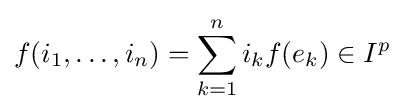
f(i_{1},\dots ,i_{n})=\sum _{k=1}^{n}i_{k}f(e_{k})\in I^{p}